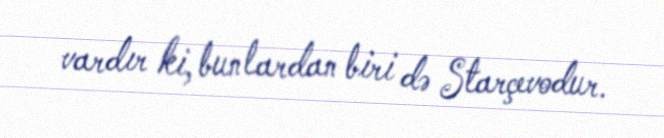
vardır ki, bunlardan biri də Starçevodur.